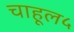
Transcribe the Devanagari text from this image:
चाहूल५